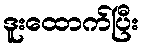
ဒူးထောက်ပြီး